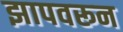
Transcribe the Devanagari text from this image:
झापवरून